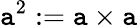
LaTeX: \mathtt{a}^{2}:=\mathtt{a}\times\mathtt{a}